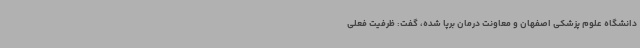
دانشگاه علوم پزشکی اصفهان و معاونت درمان برپا شده، گفت: ظرفیت فعلی